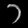
Digit: ၁